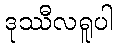
ဒုဿီလရူပါ